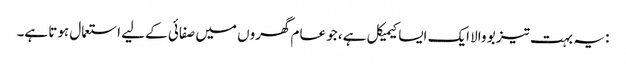
: یہ بہت تیز بو والا ایک ایسا کیمیکل ہے، جو عام گھروں میں صفائی کے لیے استعمال ہوتا ہے۔